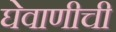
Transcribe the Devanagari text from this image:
घेवाणीची